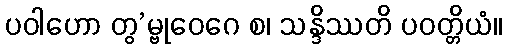
ပဝါဟော တွ’မ္ဗုဝေဂေ စ၊ သန္ဒိဿတိ ပဝတ္တိယံ။